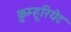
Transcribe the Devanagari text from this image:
क़ुम्हूरियेट